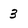
Character: 3